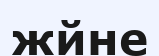
жйне